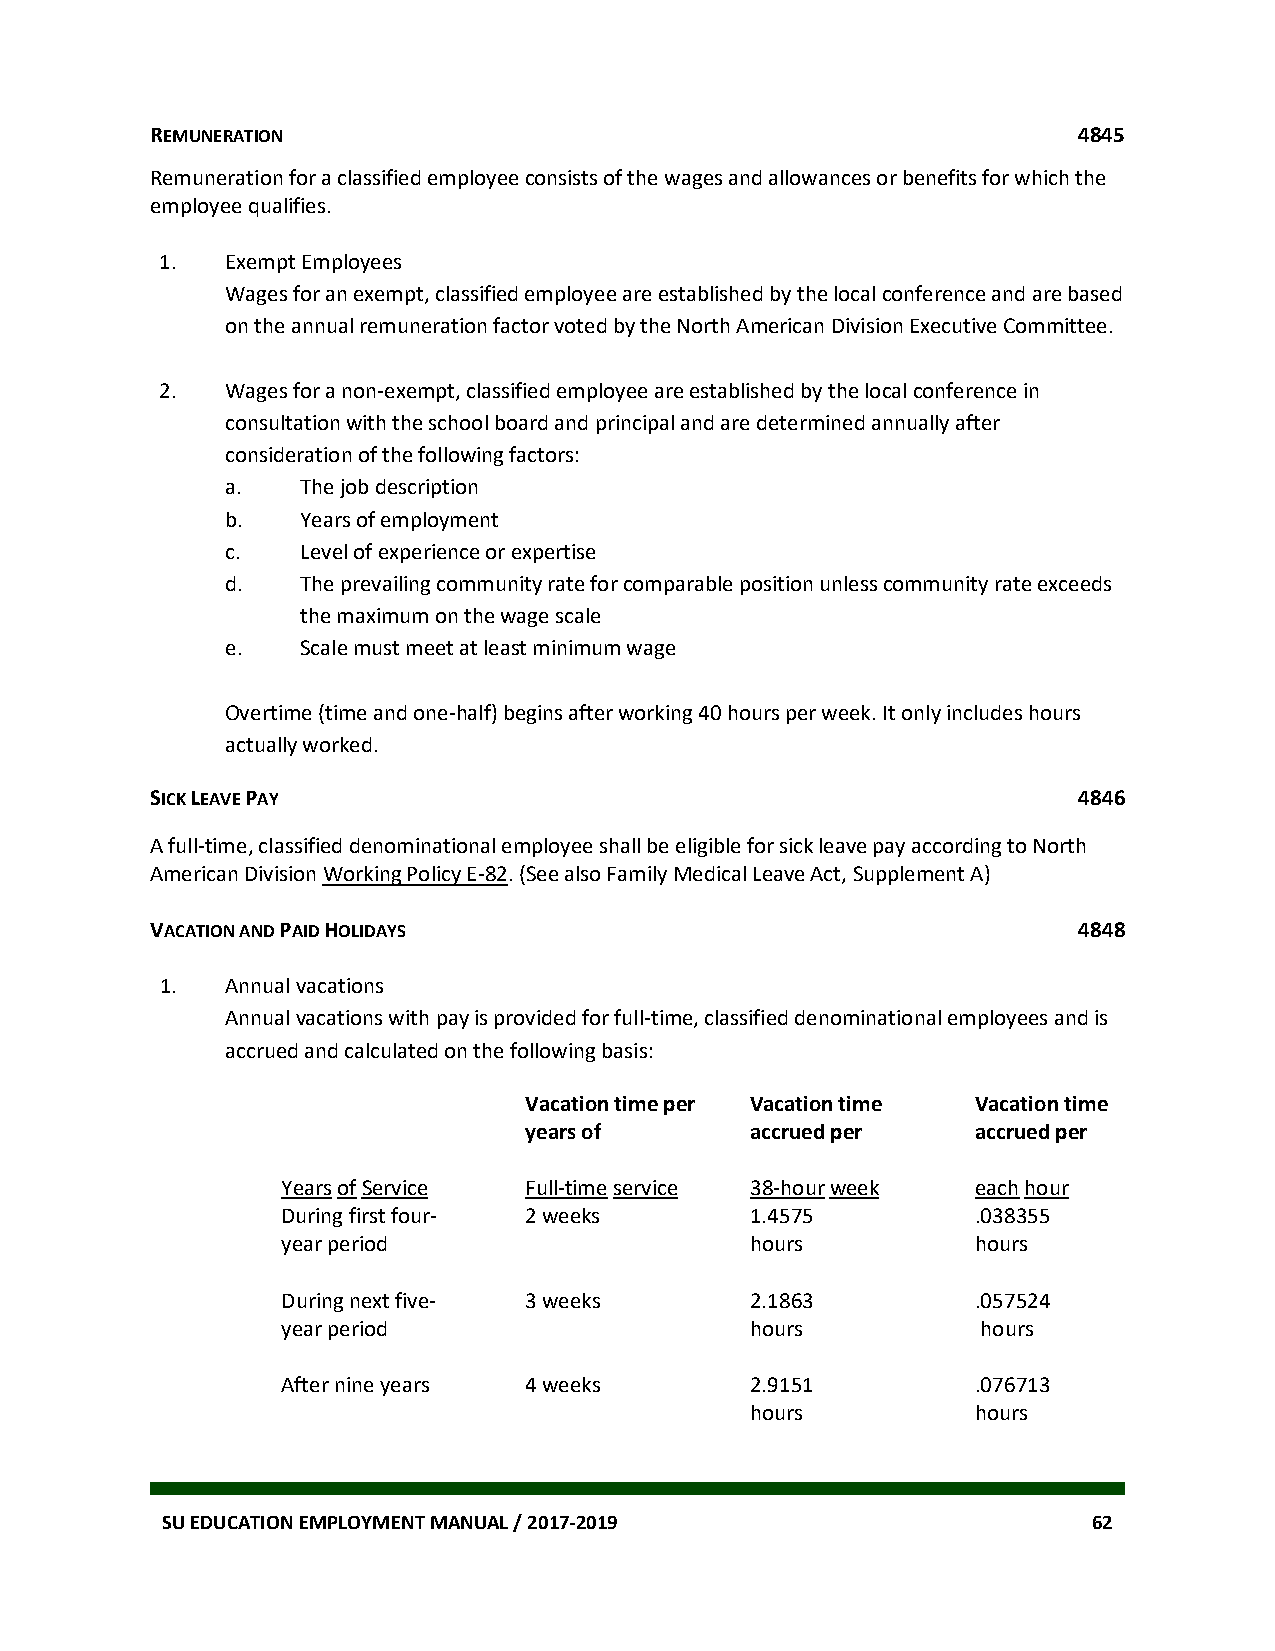
REMUNERATION                                                 4845
 Remuneration for a classified employee consists of the wages and allowances or benefits for which the
 employee qualifies.
 1.  Exempt Employees
 Wages for an exempt, classified employee are established by the local conference and are based
 on the annual remuneration factor voted by the North American Division Executive Committee.
 2.  Wages for a non-exempt, classified employee are established by the local conference in
 consultation with the school board and principal and are determined annually after
 consideration of the following factors:
 a.   The job description
 b.   Years of employment
 c.   Level of experience or expertise
 d.   The prevailing community rate for comparable position unless community rate exceeds
 the maximum on the wage scale
 e.   Scale must meet at least minimum wage
 Overtime (time and one-half) begins after working 40 hours per week. It only includes hours
 actually worked.
 SICK LEAVE PAY                                               4846
 A full-time, classified denominational employee shall be eligible for sick leave pay according to North
 American Division Working Policy E-82. (See also Family Medical Leave Act, Supplement A)
 VACATION AND PAID HOLIDAYS                                   4848
 1.  Annual vacations
 Annual vacations with pay is provided for full-time, classified denominational employees and is
 accrued and calculated on the following basis:
 Vacation time per Vacation time Vacation time
 years of       accrued per    accrued per
 Years of Service Full-time service 38-hour week each hour
 During first four- 2 weeks     1.4575         .038355
 year period                    hours          hours
 During next five- 3 weeks      2.1863         .057524
 year period                    hours          hours
 After nine years 4 weeks       2.9151         .076713
 hours          hours
 SU EDUCATION EMPLOYMENT MANUAL / 2017-2019                   62